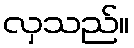
လှသည်။